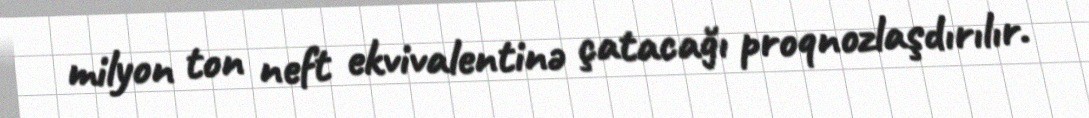
milyon ton neft ekvivalentinə çatacağı proqnozlaşdırılır.